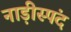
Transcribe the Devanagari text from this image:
नाड़ीस्पंद